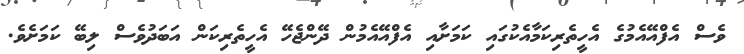
ވެސް އެފްއޭއެމުގެ އެހީތެރިކަމާއެކުގައި ކަމަށާއި އެފްއޭއެމުން ދޭންޖެހޭ އެހީތެރިކަން އަބަދުވެސް ލިބޭ ކަމަށެވެ.